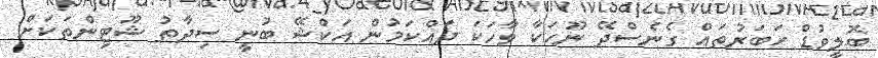
ބޮލީވުޑް ހަބަރުތައް ގެނެސްދޭ ނޫހަކާ ވާހަކަ ދައްކަމުން އަކްޝޭ ބުނީ ސިދާތު ޝޫޓިންތަކަށް